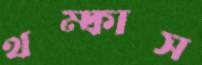
থম্‌কাস